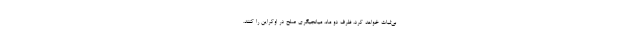
بی‌ثبات خواهد کرد، ظرف دو ماه، میانجیگری صلح در اوکراین را کنند.